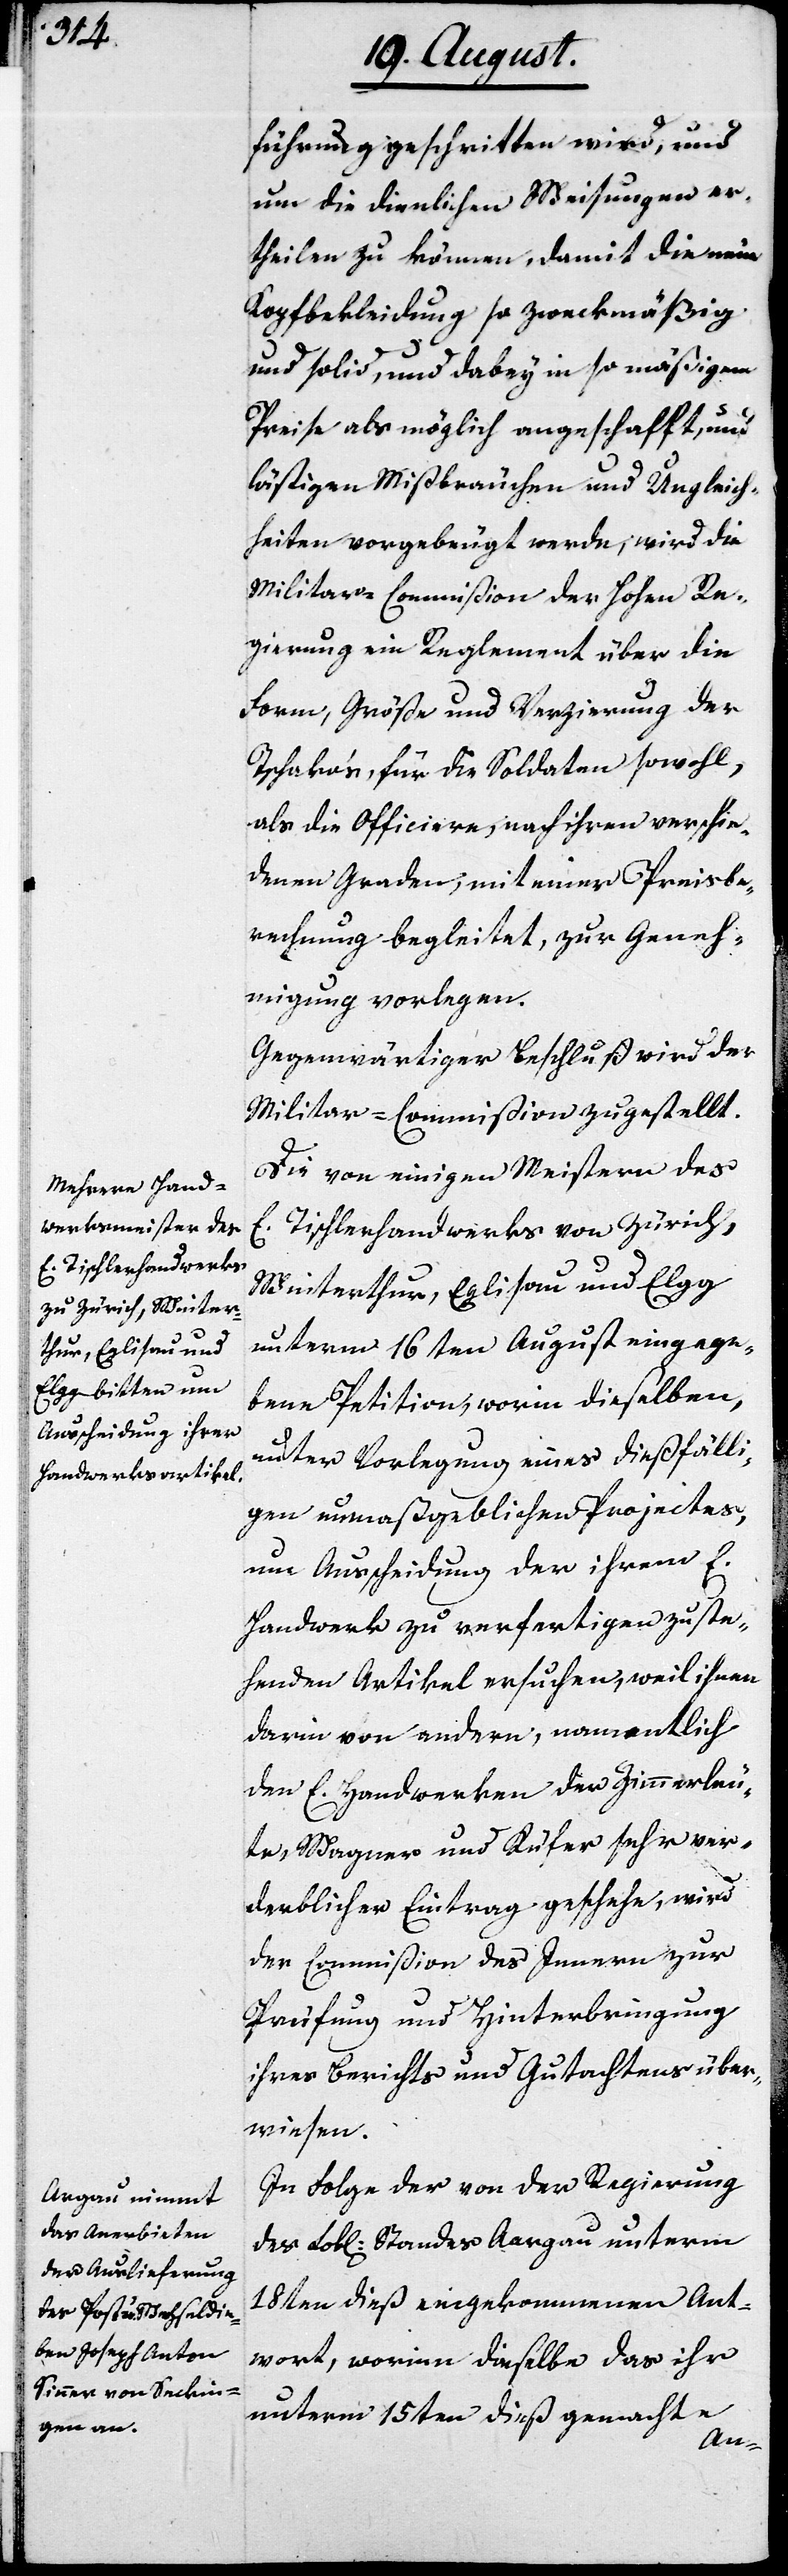
führung geschritten wird, und
um die dienlichen Weisungen er¬
theilen zu können, damit die neue
Kopfbekleidung so zweckmäßig
und solid, und dabey in so mäßigem
Preise als möglich angeschafft, und
lästigen Mißbräuchen und Ungleich¬
heiten vorgebeugt werde, wird die
Militar-Commißion der Hohen Re¬
gierung ein Reglement über die
Form, Größe und Verzierung der
Tschakos, für die Soldaten sowohl,
als die Officiere, nach ihren verschie¬
dnen Graden, mit einer Preis¬
rechnung begleitet, zur Geneh¬
migung vorlegen.
Gegenwärtiger Beschluß wird der
Militar-Commißion zugestellt.
Die von einigen Meistern des
E. Tischlerhandwerks von Zürich,
Winterthur, Eglisau und Elgg
unterm 16ten August eingega¬
ngene Petition, worin dieselben,
unter Vorlegung eines dießfälli¬
gen unmaßgeblichen Projectes,
um Ausscheidung der ihrem E.
Handwerk zu verfertigen zuste¬
henden Artikel ersuchen, weil ihnen
darin von andern, namentlich
den E. Handwerken der Zimmerleu¬
te, Wagner und Küfer sehr ver¬
derblicher Eintrag geschehe, wird
der Commißion des Innern zur
Prüfung und Hinterbringung
ihres Berichts und Gutachtens über¬
wiesen.
In Folge der von der Lobl. Regierung
des Standes Aargau unterm
18ten dieß eingekommenen Ant¬
wort, worinn dieselbe das ihr
unterm 15ten dieß gemachte